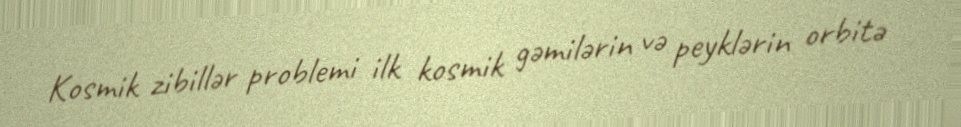
Kosmik zibillər problemi ilk kosmik gəmilərin və peyklərin orbitə